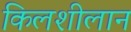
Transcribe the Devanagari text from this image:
किलशीलान